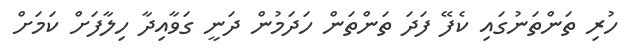
ހުރި ތަންތަނުގައި ކެފޭ ފަދަ ތަންތަން ހަދަމުން ދަނީ ގަވާއިދާ ހިލާފަށް ކަމަށް